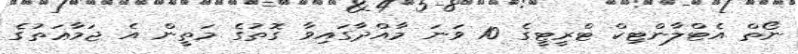
ނޯތް އެޓްލާންޓިކް ޓްރީޓީގެ 10 ވަނަ މާއްދާގައިވާ ގޮތުގެ މަތީން އެ ޖަމާޢަތުގެ